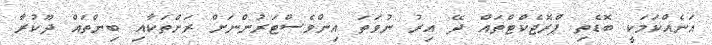
އަނެއްކަމަކީ ބޮޑެތި ޕްރޮޖެކްޓްތައް ދޭ އިރު ނުވަތަ އިންވެސްޓަރުންނަށް ރަށްތަކާއި ބިންތައް ދޫކުރާ